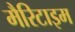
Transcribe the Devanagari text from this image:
मैरिटाइम